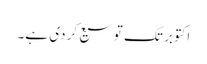
اکتوبر تک توسیع کردی ہے۔